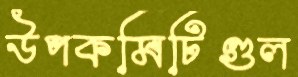
উপকমিটিগুল